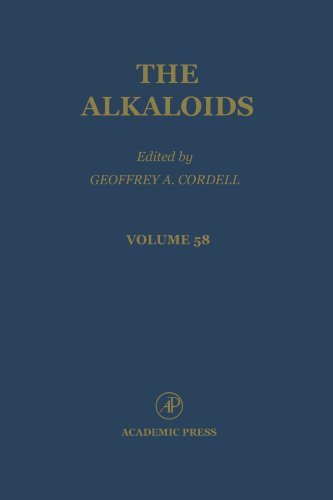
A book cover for The Alkaloids; Science & Math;